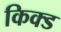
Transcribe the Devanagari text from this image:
किक्ड